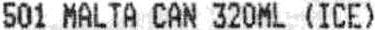
501 MALTA CAN 320ML (ICE)